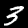
Digit: 3